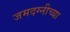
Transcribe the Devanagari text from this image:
जमदग्नीच्या